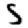
Digit: 5